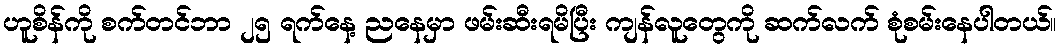
ဟူစိန်ကို စက်တင်ဘာ ၂၅ ရက်နေ့ ညနေမှာ ဖမ်းဆီးရမိပြီး ကျန်လူတွေကို ဆက်လက် စုံစမ်းနေပါတယ်။